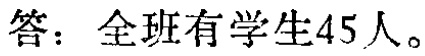
答：全班有学生45人。